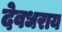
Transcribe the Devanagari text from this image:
देवधराय